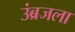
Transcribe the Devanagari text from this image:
उंब्रजला